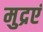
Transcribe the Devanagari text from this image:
मुद्रएं